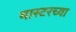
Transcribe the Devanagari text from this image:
मास्टरच्या